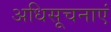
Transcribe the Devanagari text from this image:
अधिसूचनाएं